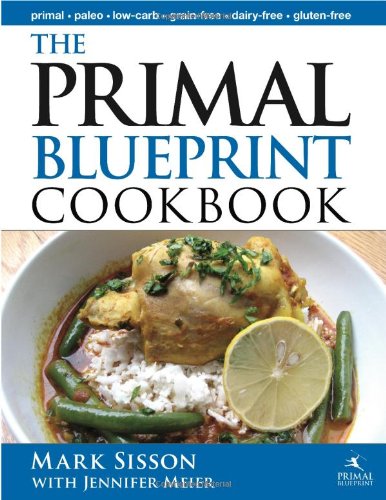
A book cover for The Primal Blueprint Cookbook: Primal, Low Carb, Paleo, Grain-Free, Dairy-Free and Gluten-Free (Primal Blueprint Series); Jennifer Meier; Cookbooks, Food & Wine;